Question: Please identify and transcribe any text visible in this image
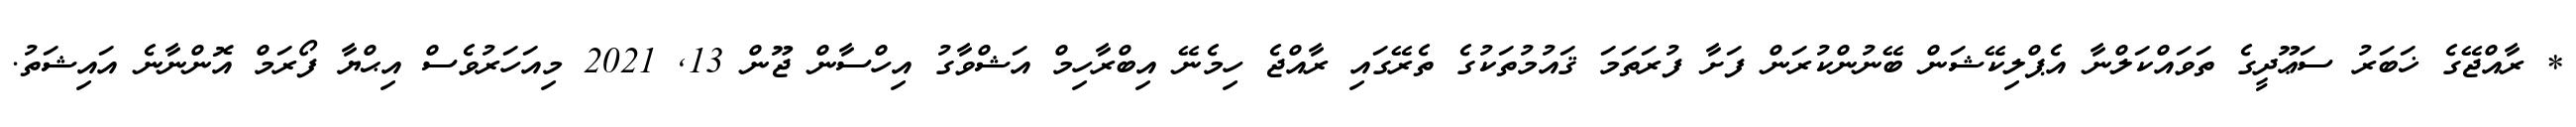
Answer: * ރާއްޖޭގެ ޚަބަރު ސަޢޫދީގެ ތަވައްކަލްނާ އެޕްލިކޭޝަން ބޭނުންކުރަން ފަށާ ފުރަތަމަ ޤައުމުތަކުގެ ތެރޭގައި ރާއްޖެ ހިމެނޭ އިބްރާހިމް އަޝްވާގު އިހްސާން ޖޫން 13, 2021 މިއަހަރުވެސް އިޙްޔާ ފޯރަމް އޮންނާނެ އައިޝަތު.